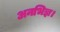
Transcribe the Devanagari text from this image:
अनभिज्ञ।